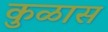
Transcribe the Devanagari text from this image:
कुळास